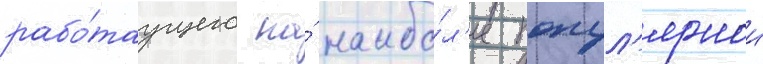
рабо́таущего на́ наибо́л'ее попул'ярнои